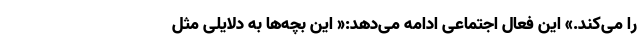
را می‌کند.» این فعال اجتماعی ادامه می‌دهد:« این بچه‌ها به دلایلی مثل